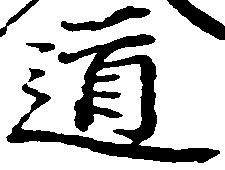
道